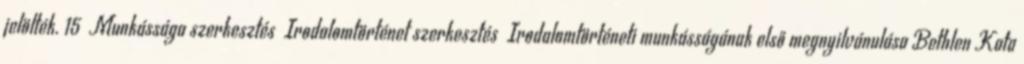
jelölték. 15 Munkássága szerkesztés Irodalomtörténet szerkesztés Irodalomtörténeti munkásságának első megnyilvánulása Bethlen Kata